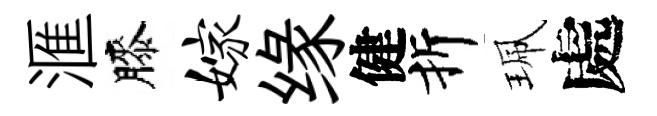
滙膝嫁缘健折珮處